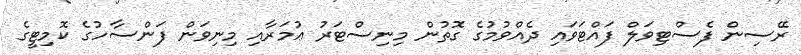
ރޭސިން ފެސްޓިވަލް ފައްޓަވައި ދެއްވުމުގެ ގޮތުން މިނިސްޓަރު ޢުމަރާއި މިނިވަން ފަންސާހުގެ ކޮމިޓީގެ